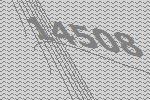
14508